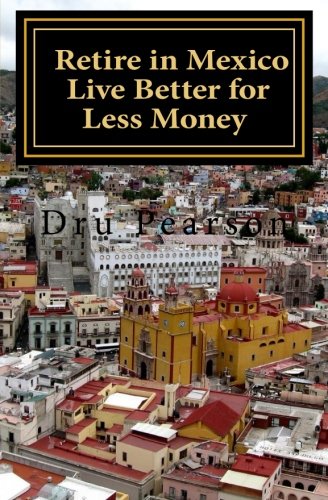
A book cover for Retire in Mexico - Live Better for Less Money: Live the American Dream in Mexico for half the price.  Luxury on a shoestring can be yours!; Dru Pearson; Travel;